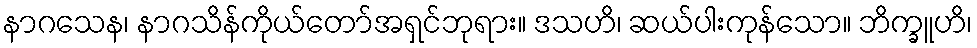
နာဂသေန၊ နာဂသိန်ကိုယ်တော်အရှင်ဘုရား။ ဒသဟိ၊ ဆယ်ပါးကုန်သော။ ဘိက္ခူဟိ၊